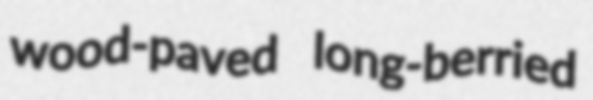
wood-paved long-berried